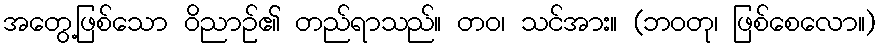
အတွေ့ဖြစ်သော ဝိညာဉ်၏ တည်ရာသည်။ တဝ၊ သင်အား။ (ဘဝတု၊ ဖြစ်စေလော။)